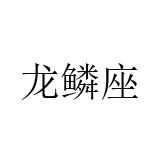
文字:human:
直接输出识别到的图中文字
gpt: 龙鳞座